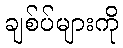
ချစ်ပ်များကို